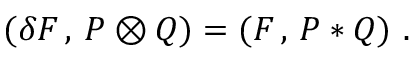
( \delta F \, , \, P \otimes Q ) = ( F \, , \, P * Q ) \ .